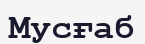
Мусғаб